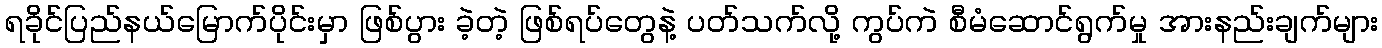
ရခိုင်ပြည်နယ်မြောက်ပိုင်းမှာ ဖြစ်ပွား ခဲ့တဲ့ ဖြစ်ရပ်တွေနဲ့ ပတ်သက်လို့ ကွပ်ကဲ စီမံဆောင်ရွက်မှု အားနည်းချက်များ